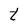
Character: t